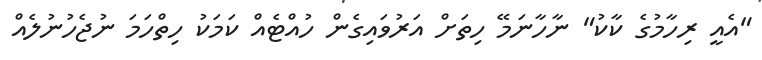
"އެއީ ރިހާމުގެ ކާކު" ނާހާނަމޭ ހިތަށް އަރުވައިގެން ހުއްޓެއް ކަމަކު ހިތްހަމަ ނުޖެހުނުލެއް